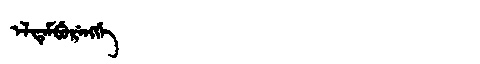
Manchu: ᡝᠯᡩᡝᠮᠪᡠᡵᡝᠩᡤᡝ
Romanization: ELDEMBURENGGE